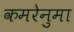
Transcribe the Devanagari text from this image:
कमरेनुमा